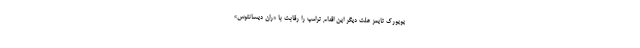
یویورک تایمز علت دیگر این اقدام ترامپ را رقابت با «ران دیسانتوس»